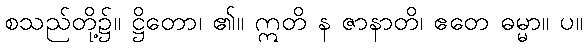
စသည်တို့၌။ ဋ္ဌိတော၊ ၏။ ဣတိ န ဇာနာတိ၊ ဧတေ ဓမ္မာ။ ပ။